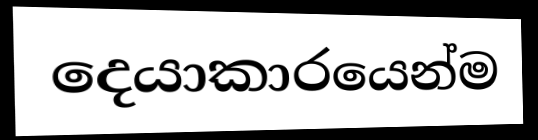
දෙයාකාරයෙන්ම